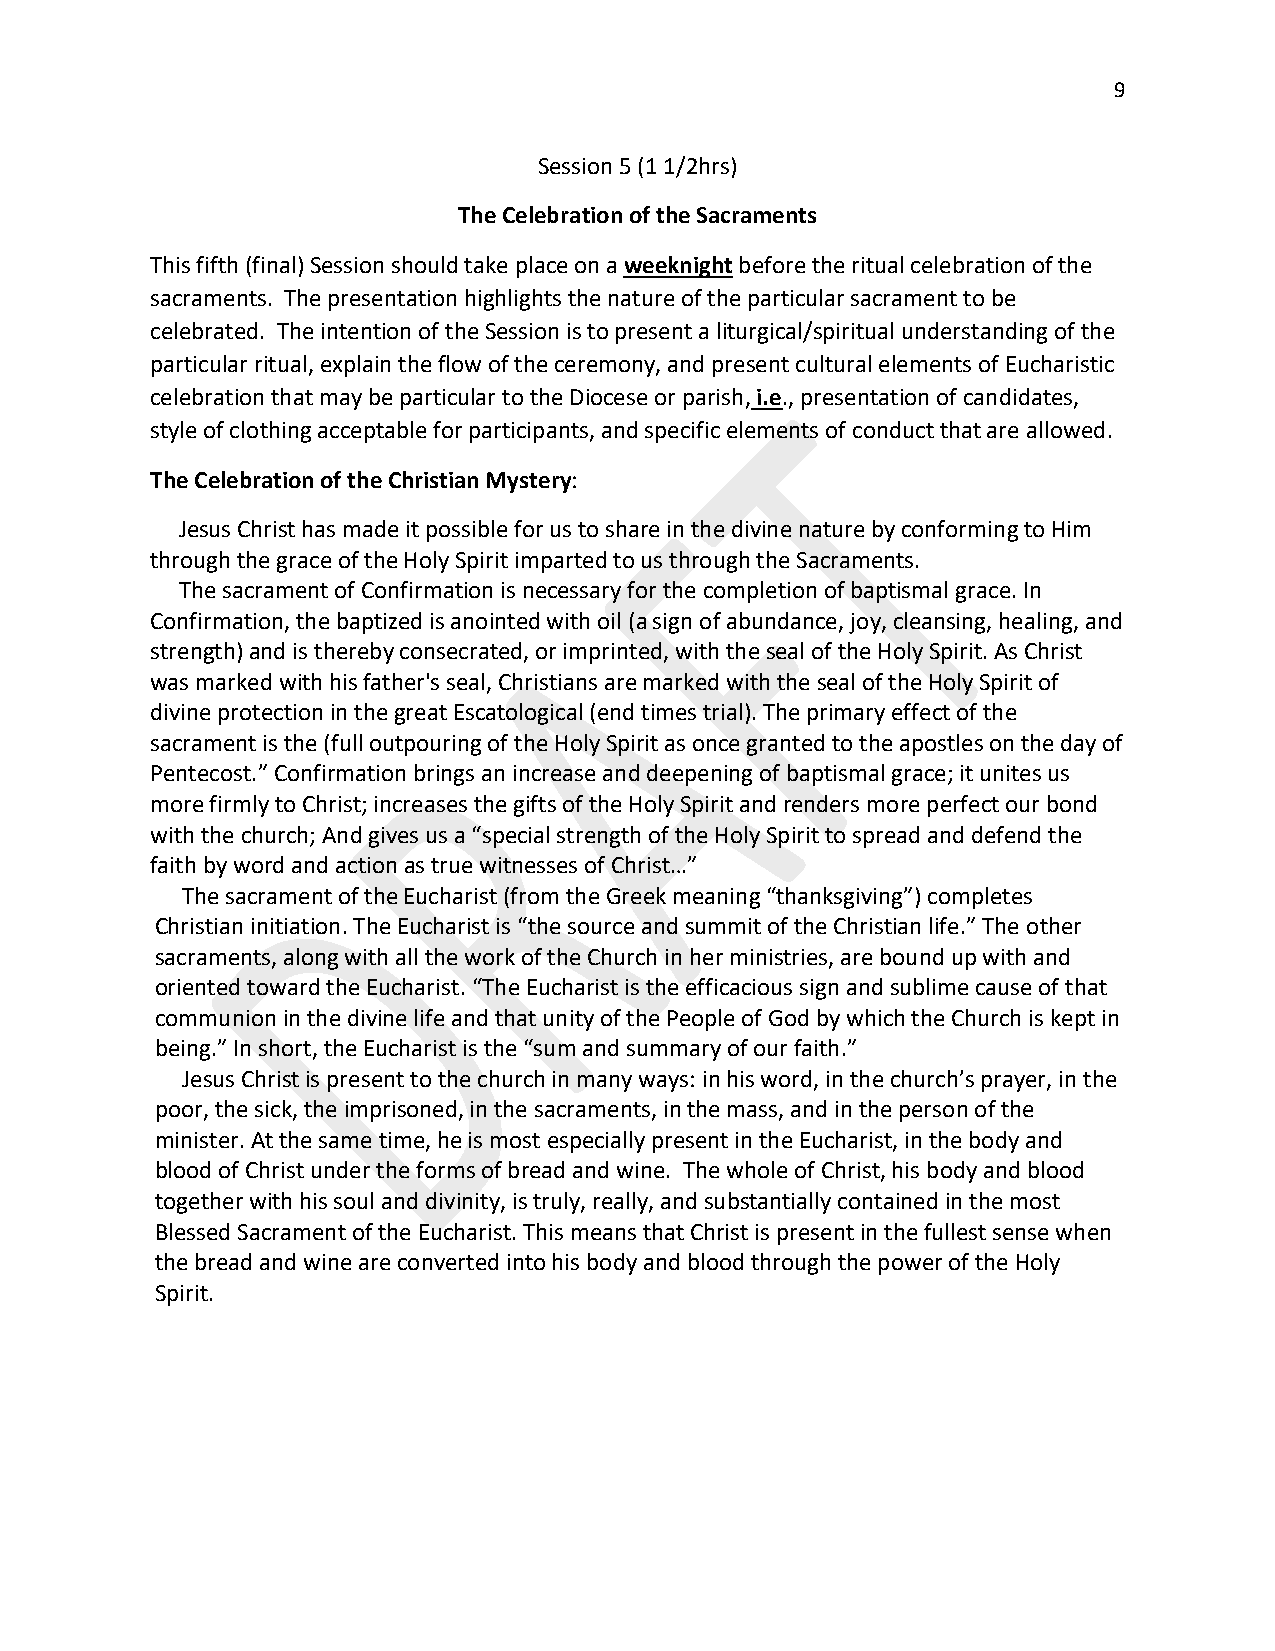
9
 Session 5 (1 1/2hrs)
 The Celebration of the Sacraments
 This fifth (final) Session should take place on a weeknight before the ritual celebration of the
 sacraments. The presentation highlights the nature of the particular sacrament to be
 celebrated. The intention of the Session is to present a liturgical/spiritual understanding of the
 particular ritual, explain the flow of the ceremony, and present cultural elements of Eucharistic
 celebration that may be particular to the Diocese or parish, i.e., presentation of candidates,
 style of clothing acceptable for participants, and specific elements of conduct that are allowed.
 The Celebration of the Christian Mystery:
 Jesus Christ has made it possible for us to share in the divine nature by conforming to Him
 through the grace of the Holy Spirit imparted to us through the Sacraments.
 The sacrament of Confirmation is necessary for the completion of baptismal grace. In
 Confirmation, the baptized is anointed with oil (a sign of abundance, joy, cleansing, healing, and
 strength) and is thereby consecrated, or imprinted, with the seal of the Holy Spirit. As Christ
 was marked with his father's seal, Christians are marked with the seal of the Holy Spirit of
 divine protection in the great Escatological (end times trial). The primary effect of the
 sacrament is the (full outpouring of the Holy Spirit as once granted to the apostles on the day of
 Pentecost.” Confirmation brings an increase and deepening of baptismal grace; it unites us
 more firmly to Christ; increases the gifts of the Holy Spirit and renders more perfect our bond
 with the church; And gives us a “special strength of the Holy Spirit to spread and defend the
 faith by word and action as true witnesses of Christ…”
 The sacrament of the Eucharist (from the Greek meaning “thanksgiving”) completes
 Christian initiation. The Eucharist is “the source and summit of the Christian life.” The other
 sacraments, along with all the work of the Church in her ministries, are bound up with and
 oriented toward the Eucharist. “The Eucharist is the efficacious sign and sublime cause of that
 communion in the divine life and that unity of the People of God by which the Church is kept in
 being.” In short, the Eucharist is the “sum and summary of our faith.”
 Jesus Christ is present to the church in many ways: in his word, in the church’s prayer, in the
 poor, the sick, the imprisoned, in the sacraments, in the mass, and in the person of the
 minister. At the same time, he is most especially present in the Eucharist, in the body and
 blood of Christ under the forms of bread and wine. The whole of Christ, his body and blood
 together with his soul and divinity, is truly, really, and substantially contained in the most
 Blessed Sacrament of the Eucharist. This means that Christ is present in the fullest sense when
 the bread and wine are converted into his body and blood through the power of the Holy
 Spirit.